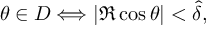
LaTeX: \theta \in { \cal D } \Longleftrightarrow | \Re \cos \theta | < \hat { \delta } ,